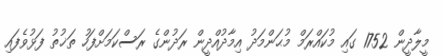
މީލާދީން 1752 ގައި މުކައްރަމް މުޙަންމަދު އިމާދުއްދީން ރަދުންގެ ރަސްކަމަށްފަހު ތަޚުތު ފަޅުވެފައި